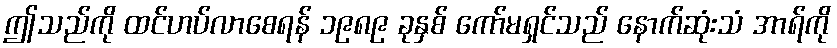
ဤသည်ကို ထင်ဟပ်လာစေရန် ၁၉၈၉ ခုနှစ် ကော်မရှင်သည် နောက်ဆုံးသံ အာရ်ကို